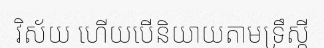
វិស័យ ហើយបើនិយាយតាមទ្រឹស្តី